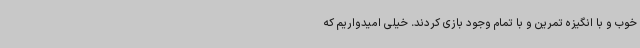
خوب و با انگیزه تمرین و با تمام وجود بازی کردند. خیلی امیدواریم که